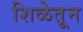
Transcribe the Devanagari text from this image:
शिळेतून